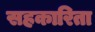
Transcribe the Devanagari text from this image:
सहकारिता